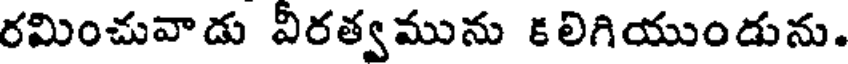
రమించువాడు వీరత్వమును కలిగియుండును.